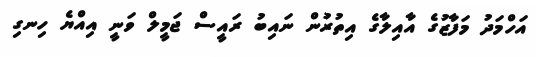
އަހްމަދު މަފާޒުގެ އާއިލާގެ އިތުރުން ނައިބު ރައީސް ޖަމީލް ވަނީ އިއްޔެ ހިނގި